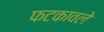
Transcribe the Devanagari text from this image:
फटकावले